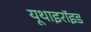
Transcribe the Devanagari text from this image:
यूथाइरॉइड